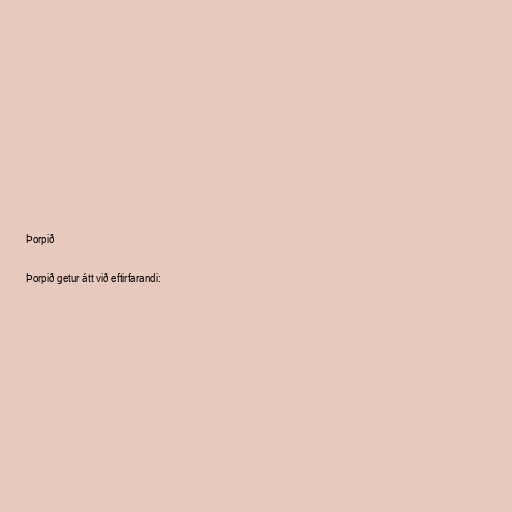
Þorpið

Þorpið getur átt við eftirfarandi: